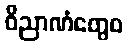
ဝိညာဏံတွေဝ